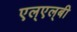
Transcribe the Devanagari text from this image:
एल्‌एल्‌बी